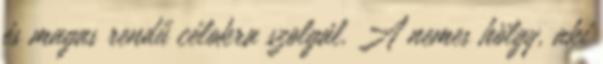
és magas rendű célokra szolgál. A nemes hölgy, aki